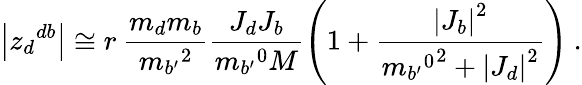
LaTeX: \left|{z_{d}}^{db}\right|\cong r\: \frac{m_{d}m_{b}}{{m_{b^{\prime}}}^{2}}\frac{J_{d}J_{b}}{{m_{b^{\prime}}}^{0}M}\left(1+\frac{\left|J_{b}\right|^{2}}{{{m_{b^{\prime}}}^{0}}^{2}+\left|J_{d}\right|^{2}}\right)\: .